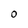
Character: 0